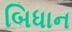
બિધાન